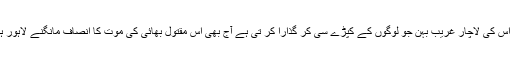
آج ۱۱ سال بعد بھی اس کی لاچار غریب بہن جو لوگوں کے کپڑے سی کر گذارا کر تی ہے آج بھی اس مقتول بھائی کی موت کا انصاف مانگنے لاہور ہائی کورٹ آتی ہے ۔